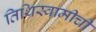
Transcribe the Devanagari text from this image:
तिथिस्वामीची